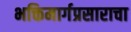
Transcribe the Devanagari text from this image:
भक्तिमार्गप्रसाराचा